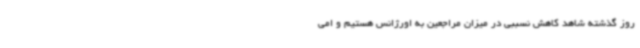
روز گذشته شاهد کاهش نسببی در میزان مراجعین به اورژانس هستیم و امی